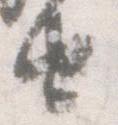
由